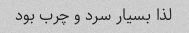
لذا بسیار سرد و چرب بود